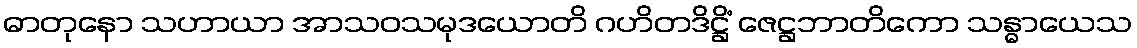
ဓာတုနော သဟာယာ အာသဝသမုဒယောတိ ဂဟိတဒိဋ္ဌိံ ဇေဋ္ဌဘာတိကော သန္ဓာယေသ